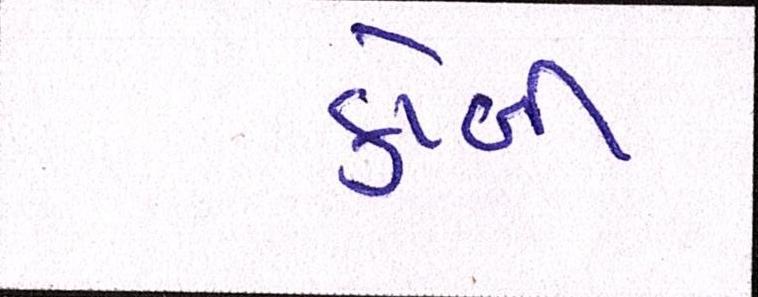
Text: કોબી